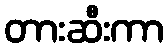
တားဆီးကာ